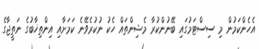
އެހެންކަމުން މި ސިސްޓަމުގައި ބޭނުންކުރާ މެޝިންތައް ހެކު ނުކުރެވޭނެ ކަމަށާއި އިންތިޚާބުގެ ނަތީޖާގެ